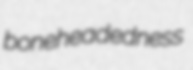
boneheadedness